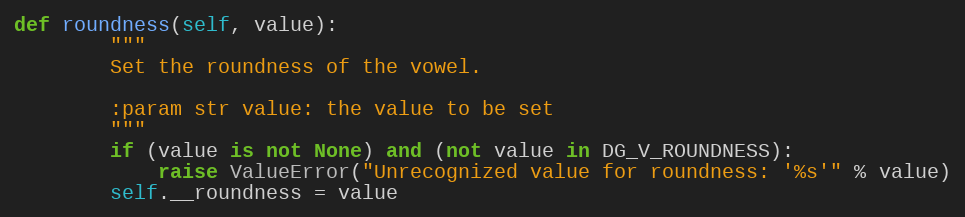
Language: Python
def roundness(self, value):
        """
        Set the roundness of the vowel.

        :param str value: the value to be set
        """
        if (value is not None) and (not value in DG_V_ROUNDNESS):
            raise ValueError("Unrecognized value for roundness: '%s'" % value)
        self.__roundness = value